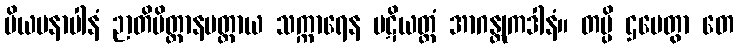
ပိယမနာပါနံ ဉာတိမိတ္တာနမတ္ထာယ သက္ကာရေန ပဋိယတ္တံ အာဂန္တုကဒါနံ။ တမ္ပိ ဌပေတွာ တေ